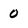
Character: 0